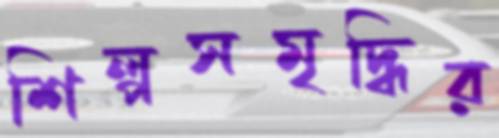
শিল্পসমৃদ্ধির